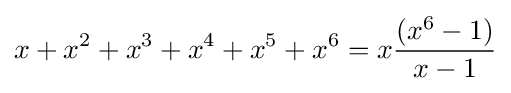
x+x^{2}+x^{3}+x^{4}+x^{5}+x^{6}=x{\frac {(x^{6}-1)}{x-1}}